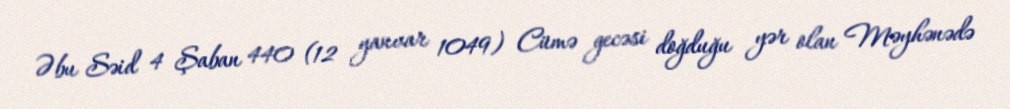
Əbu Səid 4 Şaban 440 (12 yanvar 1049) Cümə gecəsi doğduğu yər olan Məyhənədə